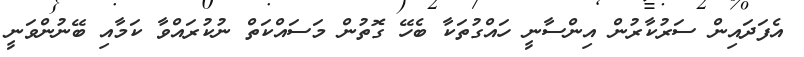
އެފަދައިން ސަރުކާރުން އިންސާނީ ހައްގުތަކާ ބެހޭ ގޮތުން މަސައްކަތް ނުކުރައްވާ ކަމާއި ބޭނުންވަނީ